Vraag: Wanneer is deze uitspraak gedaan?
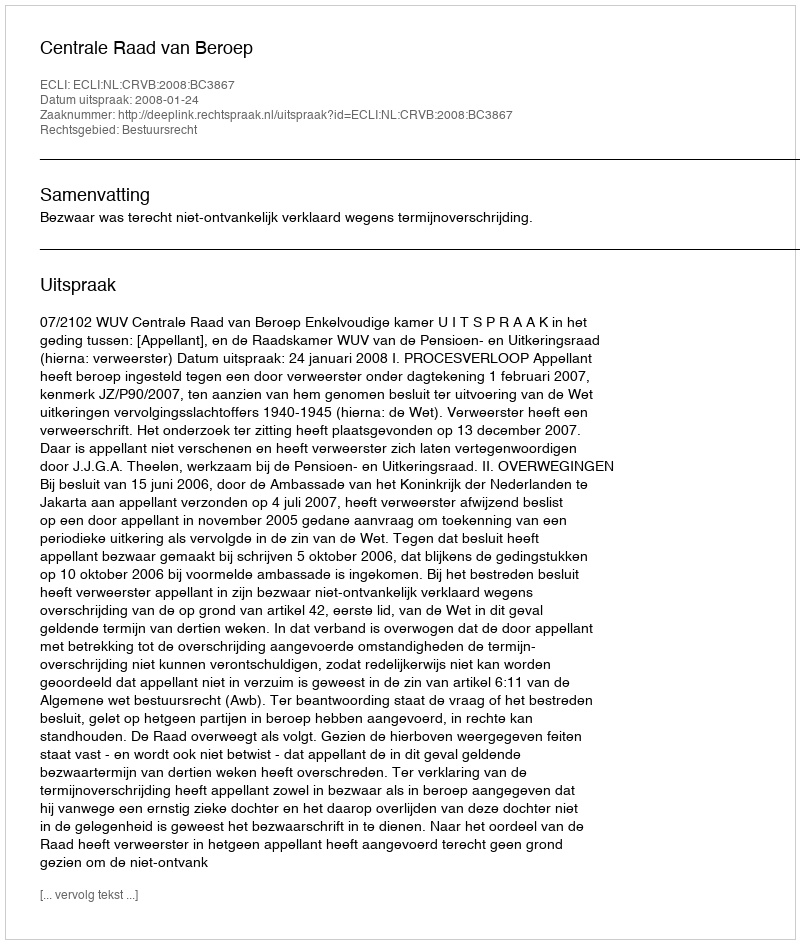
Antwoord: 2008-01-24